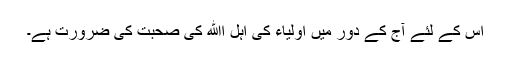
اس کے لئے آج کے دور میں اولیاء کی اہل اﷲ کی صحبت کی ضرورت ہے۔